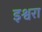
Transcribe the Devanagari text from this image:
इश्वरा